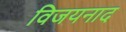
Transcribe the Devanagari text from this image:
विजयनाद